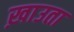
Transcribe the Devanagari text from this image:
ख़ाउता